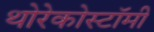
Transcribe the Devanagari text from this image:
थोरेकोस्टॉमी